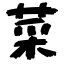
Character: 菜